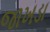
જાખડા